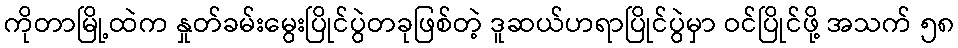
ကိုတာမြို့ထဲက နှုတ်ခမ်းမွေးပြိုင်ပွဲတခုဖြစ်တဲ့ ဒူဆယ်ဟရာပြိုင်ပွဲမှာ ဝင်ပြိုင်ဖို့ အသက် ၅၈